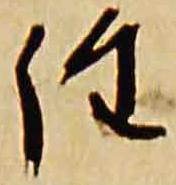
詮